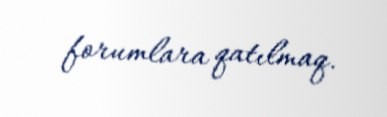
forumlara qatılmaq.